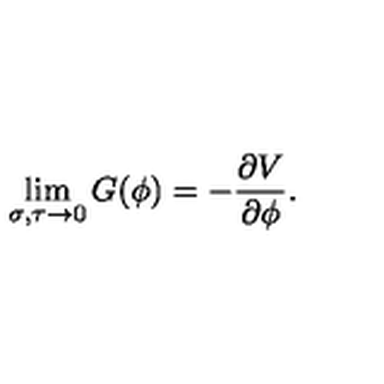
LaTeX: \lim _ { \sigma , \tau \rightarrow 0 } G ( \phi ) = - { \frac { \partial V } { \partial \phi } } .